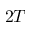
2 T